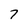
Character: 7